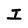
Character: I